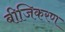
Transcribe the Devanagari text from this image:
बीजिकरण